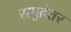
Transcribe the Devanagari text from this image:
समुद्रेतर